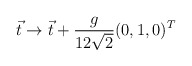
\begin{align*}\vec{t}\to \vec{t}+\frac{g}{12\sqrt{2}}(0,1,0)^T\end{align*}